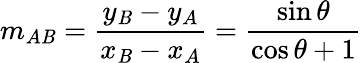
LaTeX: m_{A\mathit{B}}={\frac{{y_{\mathit{B}}-y_{A}}}{{x_{\mathit{B}}-x_{A}}}}={\frac{{\sin\theta}}{{\cos\theta+1}}}